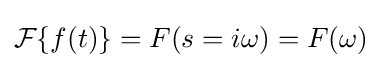
{\mathcal {F}}\{f(t)\}=F(s=i\omega )=F(\omega )